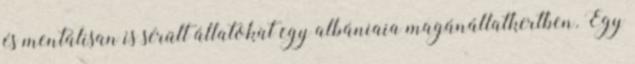
és mentálisan is sérült állatokat egy albániaia magánállatkertben. Egy